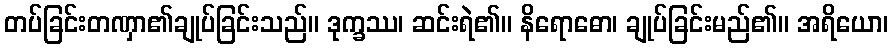
တပ်ခြင်းတဏှာ၏ချုပ်ခြင်းသည်။ ဒုက္ခဿ၊ ဆင်းရဲ၏။ နိရောဓော၊ ချုပ်ခြင်းမည်၏။ အရိယော၊